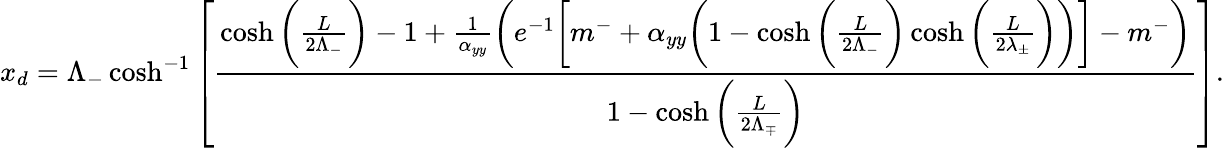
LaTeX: x_{d}=\Lambda_{-}\cosh^{-1}\left[\frac{\cosh\bigg(\frac{L}{2\Lambda_{-}}\bigg)-1+\frac{1}{\alpha_{yy}}\bigg(e^{-1}\bigg[m^{-}+\alpha_{yy}\bigg(1-\cosh\bigg(\frac{L}{2\Lambda_{-}}\bigg)\cosh\bigg(\frac{L}{2\lambda_{\pm}}\bigg)\bigg)\bigg]-m^{-}\bigg)}{1-\cosh\bigg(\frac{L}{2\Lambda_{\mp}}\bigg)}\right].